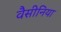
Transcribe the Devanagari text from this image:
वैसीनिया